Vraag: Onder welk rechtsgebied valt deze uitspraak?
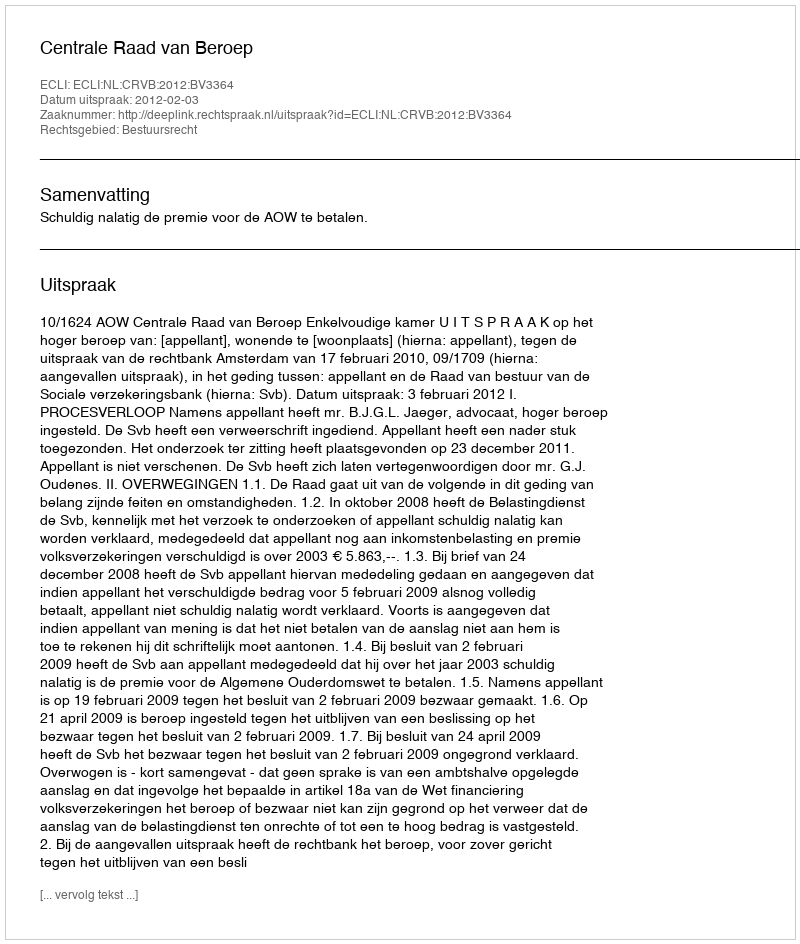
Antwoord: Bestuursrecht